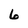
Character: 6